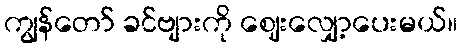
ကျွန်တော် ခင်ဗျားကို ဈေးလျှော့ပေးမယ်။